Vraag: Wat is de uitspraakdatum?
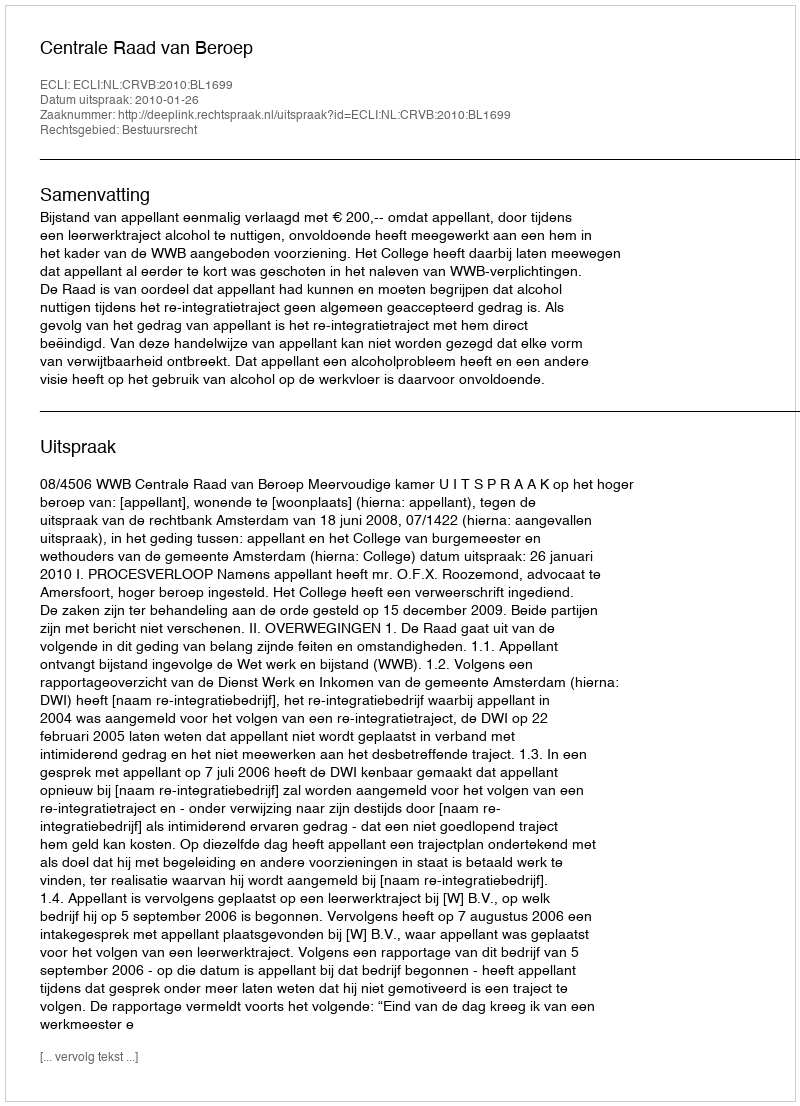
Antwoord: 2010-01-26